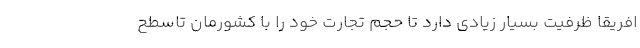
افریقا ظرفیت بسیار زیادی دارد تا حجم تجارت خود را با کشورمان تاسطح